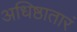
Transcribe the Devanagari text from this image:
अधिष्ठातारं